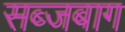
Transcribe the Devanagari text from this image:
सब्जबाग